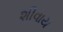
શીવાય